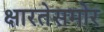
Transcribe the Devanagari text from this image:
क्षारतेसमोर